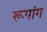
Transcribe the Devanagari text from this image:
रूपांग